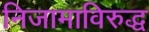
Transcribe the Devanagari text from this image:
निजामाविरुद्ध